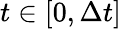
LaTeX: t\in[0,\Delta t]